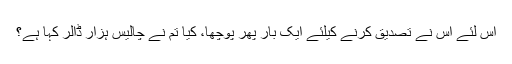
اس لئے اس نے تصدیق کرنے کیلئے ایک بار پھر پوچھا، کیا تم نے چالیس ہزار ڈالر کہا ہے؟